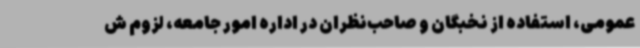
عمومی، استفاده از نخبگان و صاحب‌نظران در اداره امور جامعه، لزوم ش